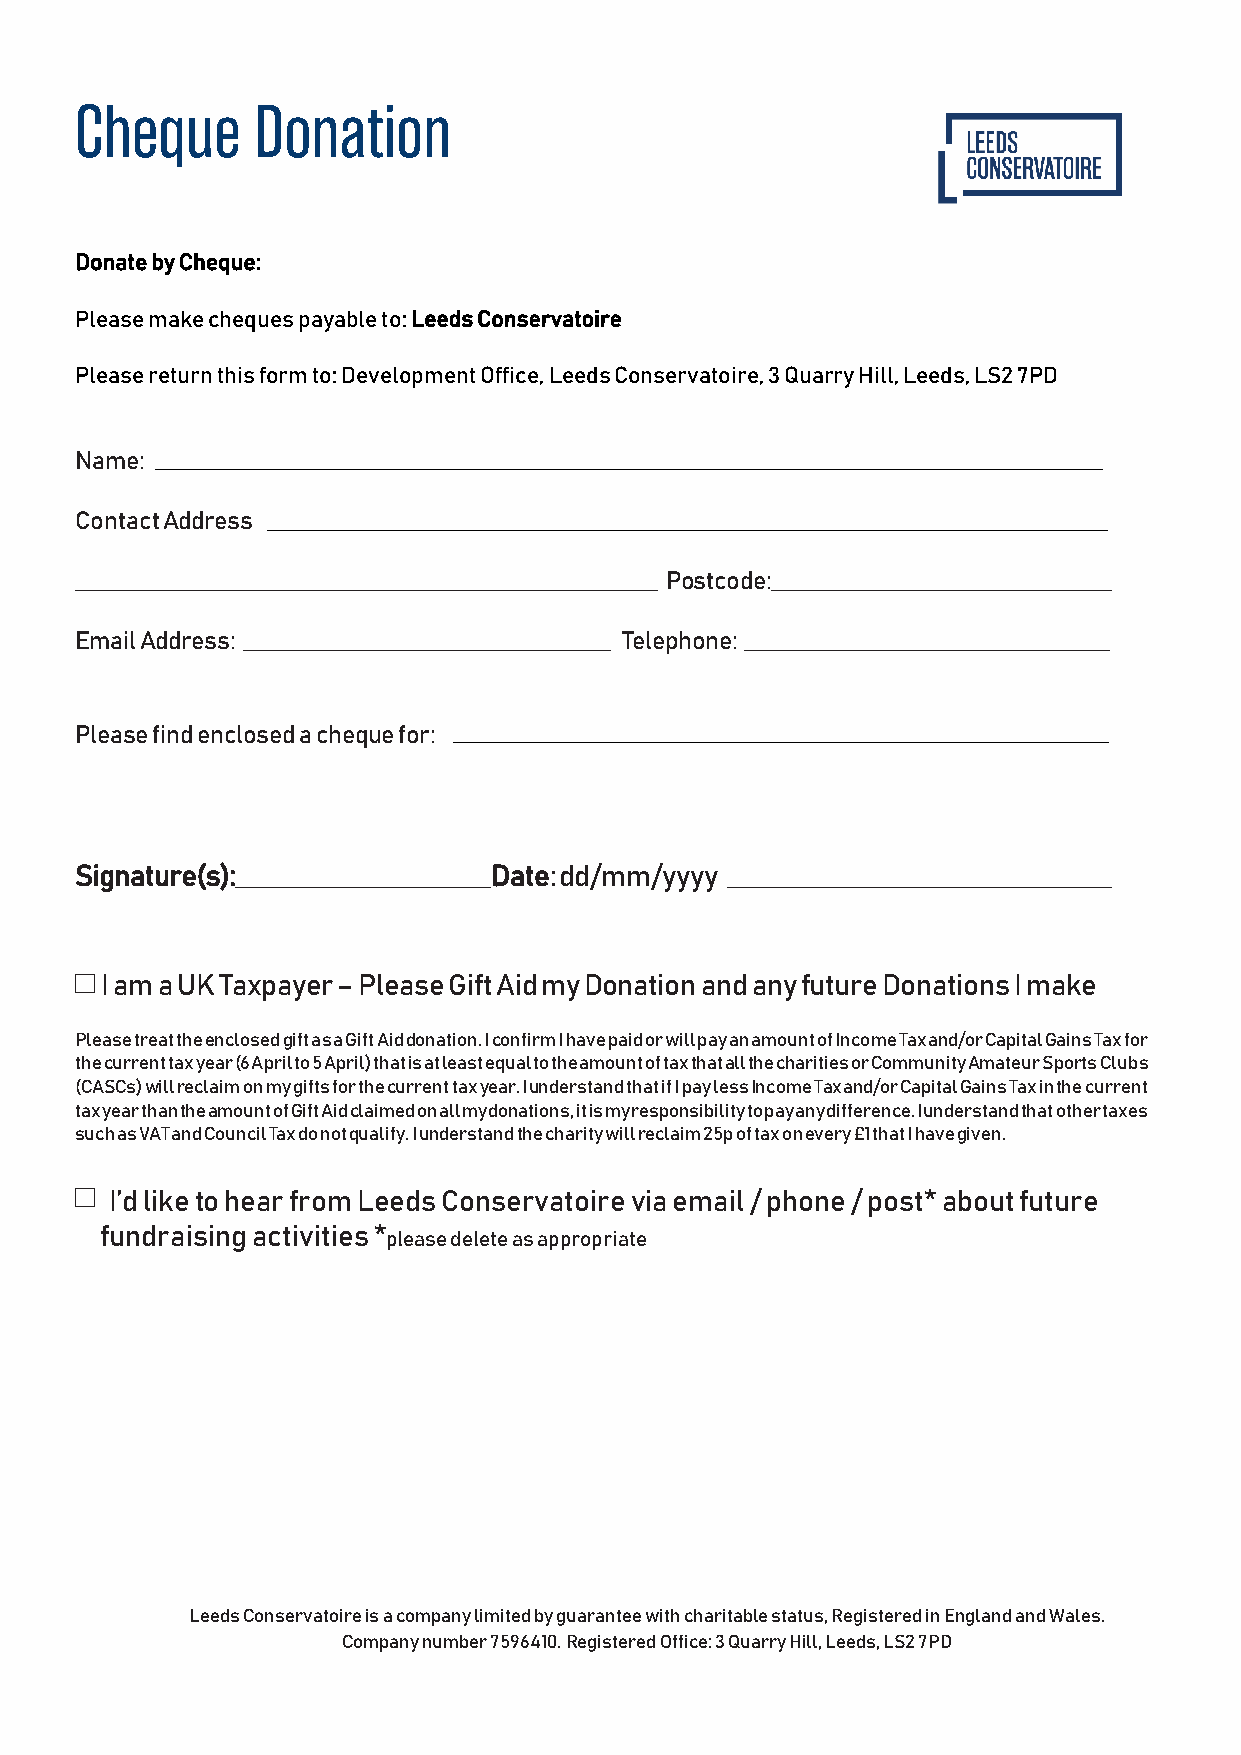
Cheque      Donation
 Donate by Cheque:
 Please make cheques payable to: Leeds Conservatoire
 Please return this form to: Development Office, Leeds Conservatoire, 3 Quarry Hill, Leeds, LS2 7PD
 Name:
 Contact Address
 Postcode:
 Email Address:                      Telephone:
 Please find enclosed a cheque for:
 Signature(s):              Date: dd/mm/yyyy
 I am a UK Taxpayer – Please Gift Aid my Donation and any future Donations I make
 Please treat the enclosed gift as a Gift Aid donation. I confirm I have paid or will pay an amount of Income Tax and/or Capital Gains Tax for
 the current tax year (6 April to 5 April) that is at least equal to the amount of tax that all the charities or Community Amateur Sports Clubs
 (CASCs) will reclaim on my gifts for the current tax year. I understand that if I pay less Income Tax and/or Capital Gains Tax in the current
 tax year than the amount of Gift Aid claimed on all my donations, it is my responsibility to pay any difference. I understand that other taxes
 such as VAT and Council Tax do not qualify. I understand the charity will reclaim 25p of tax on every £1 that I have given.
 I’d like to hear from Leeds Conservatoire via email / phone / post* about future
 fundraising activities *
 please delete as appropriate
 Leeds Conservatoire is a company limited by guarantee with charitable status, Registered in England and Wales.
 Company number 7596410. Registered Office: 3 Quarry Hill, Leeds, LS2 7PD